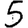
Digit: 5